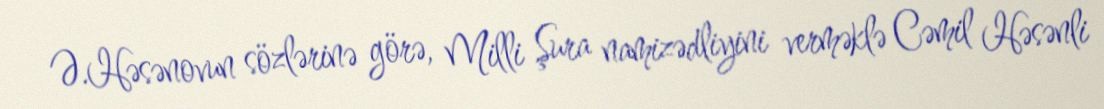
Ə.Həsənovun sözlərinə görə, Milli Şura namizədliyini verməklə Cəmil Həsənli